Leaving Certificate, 1900
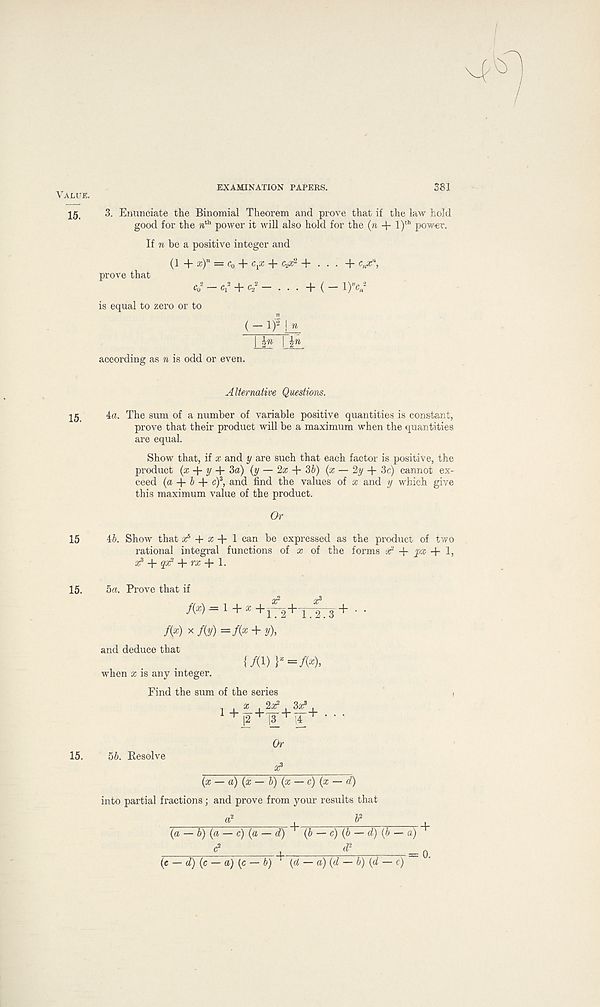
Value.
EXAMINATION PAPERS.
381
15. 3. Enunciate the Binomial Theorem and prove that if the law hold
good for the n th power it will also hold for the (n + l) th power.
If n be a positive integer and
prove that
(1 + x) n = c 0 + cp + c. J ic 2 + ... + c H x n ,
c 0
2 — C! 2 + c/ — . . . + ( — 1)V
is equal to zero or to
(— l) 1 jjL
Us
according as n is odd or even.
Alternative Questions.
15 4n. The sum of a number of variable positive quantities is constant,
prove that their product will be a maximum when the quantities
are equal.
Show that, if x and y are such that each factor is positive, the
product (« + y + 3a) {y — 2a: + 36) (x — 2y + 3c) cannot ex-
ceed (a + b + c) 3 , and find the values of x and y which give
this maximum value of the product.
Or
15 ib. Show that a; 5 + x l can be expressed as the product of two
rational integral functions of x of the forms ar -f- jox + T
at * + g® 2 + n; + 1.
5a. Prove that if
f(x) = l+x +J-2+T2.3 + '
/(*) x M =f( x + y),
and deduce that
{/(I) }*=/(*),
when x is any integer.
Find the sum of the series
- i x
I 3#* i
1 +]o+-n-+Tr + • • •
5b. Resolve
J2 n |3/ 14
Or
x?
(x — a) (x — b) (x — c) (x — d)
into partial fractions; and prove from your results that
a 2
.
6 2
( ffl -b) (a- c) (a — d)' (b — c) (b - d) (b - a)
c 2
,
d 2
(e — d) (c — a) (c — b) ‘ (d — a) (d — b) (d — c)
+
= 0.